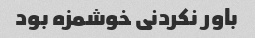
باور نکردنی خوشمزه بود